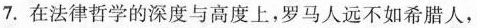
7.在法律哲学的深度与高度上，罗马人远不如希腊人，